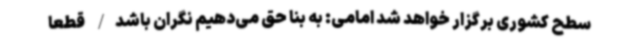
سطح کشوری برگزار خواهد شد امامی: به بنا حق می‌دهیم نگران باشد/ قطعا